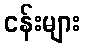
ငန်းများ